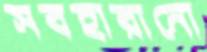
সবহারানো